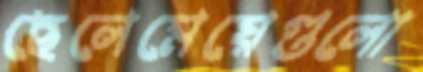
ছেলেমেয়েগুলো